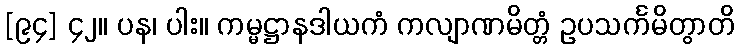
[၉၄] ၄၂။ ပန၊ ပါး။ ကမ္မဋ္ဌာနဒါယကံ ကလျာဏမိတ္တံ ဥပသင်္ကမိတွာတိ